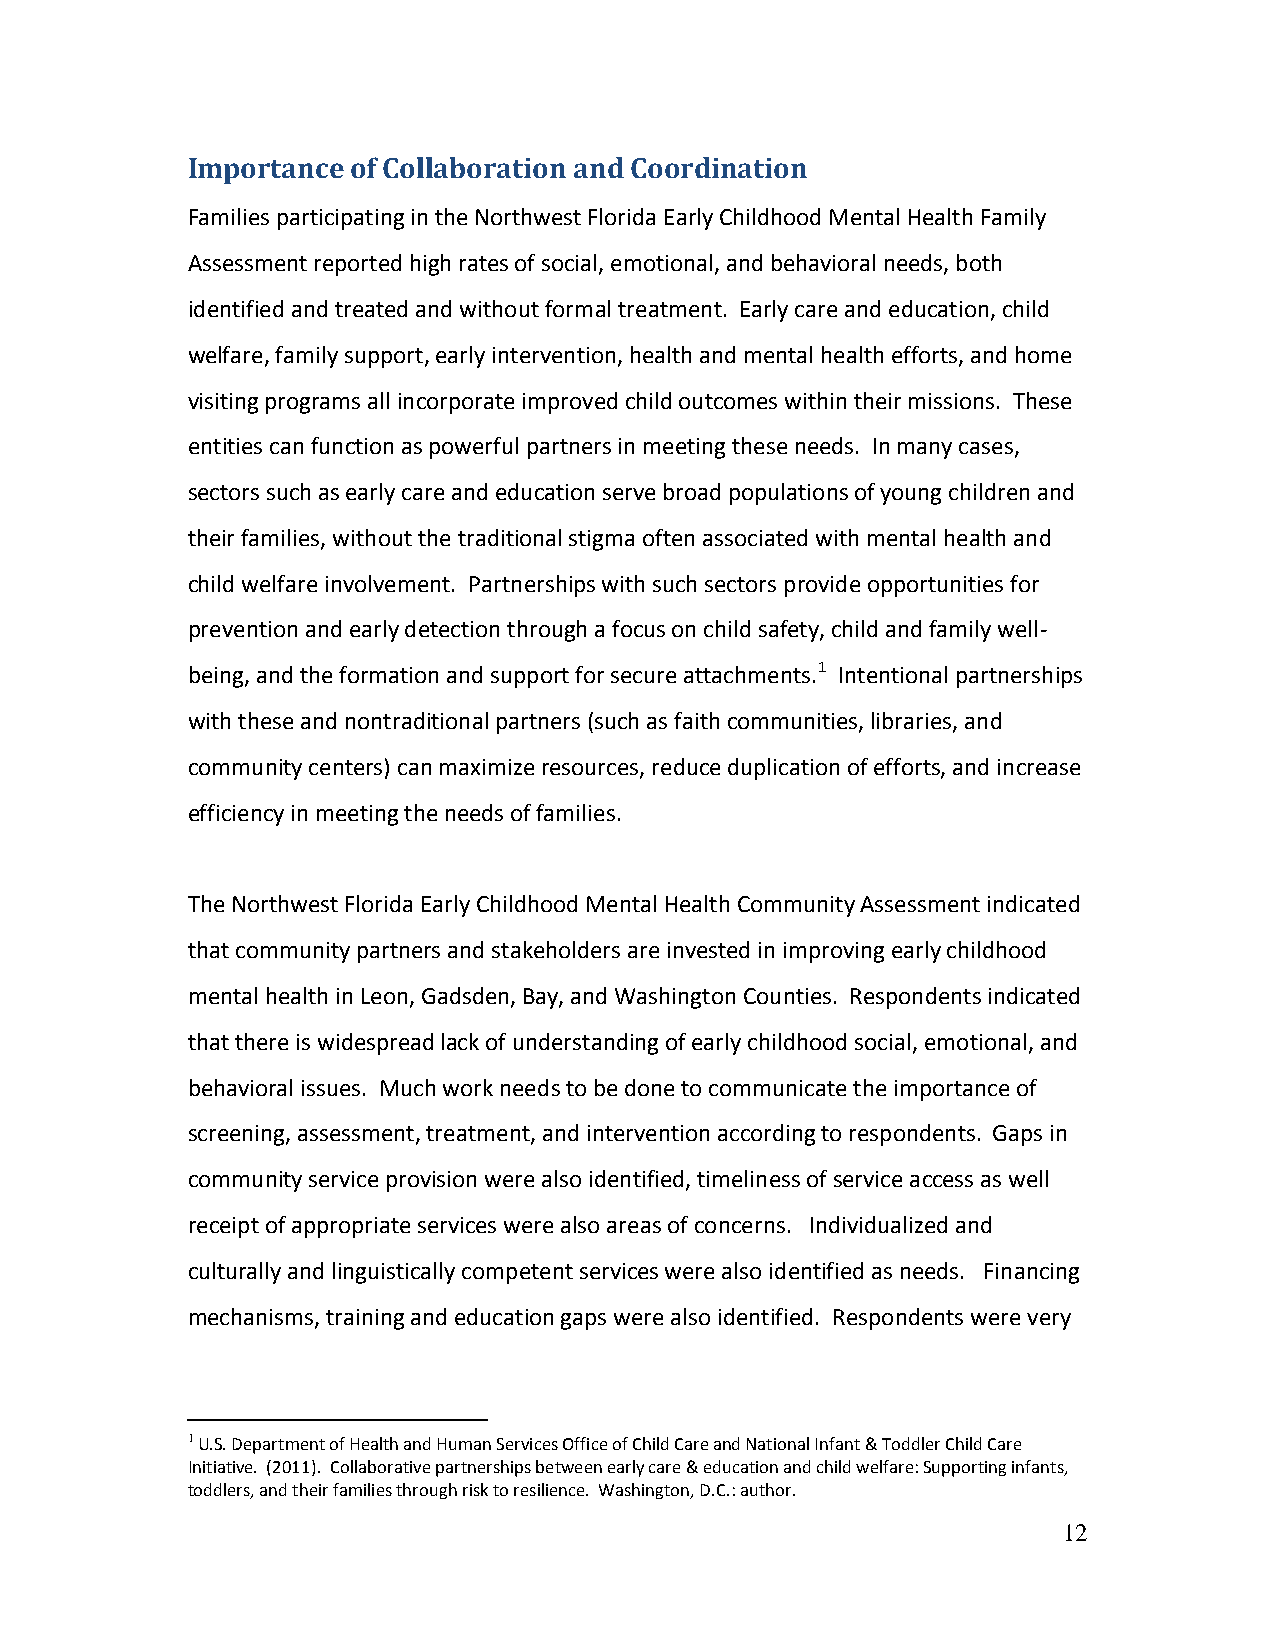
Importance of Collaboration and Coordination
 Families participating in the Northwest Florida Early Childhood Mental Health Family
 Assessment reported high rates of social, emotional, and behavioral needs, both
 identified and treated and without formal treatment. Early care and education, child
 welfare, family support, early intervention, health and mental health efforts, and home
 visiting programs all incorporate improved child outcomes within their missions. These
 entities can function as powerful partners in meeting these needs. In many cases,
 sectors such as early care and education serve broad populations of young children and
 their families, without the traditional stigma often associated with mental health and
 child welfare involvement. Partnerships with such sectors provide opportunities for
 prevention and early detection through a focus on child safety, child and family well-
 being, and the formation and support for secure attachments.1 Intentional partnerships
 with these and nontraditional partners (such as faith communities, libraries, and
 community centers) can maximize resources, reduce duplication of efforts, and increase
 efficiency in meeting the needs of families.
 The Northwest Florida Early Childhood Mental Health Community Assessment indicated
 that community partners and stakeholders are invested in improving early childhood
 mental health in Leon, Gadsden, Bay, and Washington Counties. Respondents indicated
 that there is widespread lack of understanding of early childhood social, emotional, and
 behavioral issues. Much work needs to be done to communicate the importance of
 screening, assessment, treatment, and intervention according to respondents. Gaps in
 community service provision were also identified, timeliness of service access as well
 receipt of appropriate services were also areas of concerns. Individualized and
 culturally and linguistically competent services were also identified as needs. Financing
 mechanisms, training and education gaps were also identified. Respondents were very
 1 U.S. Department of Health and Human Services Office of Child Care and National Infant & Toddler Child Care
 Initiative. (2011). Collaborative partnerships between early care & education and child welfare: Supporting infants,
 toddlers, and their families through risk to resilience. Washington, D.C.: author.
 12